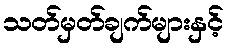
သတ်မှတ်ချက်များနှင့်